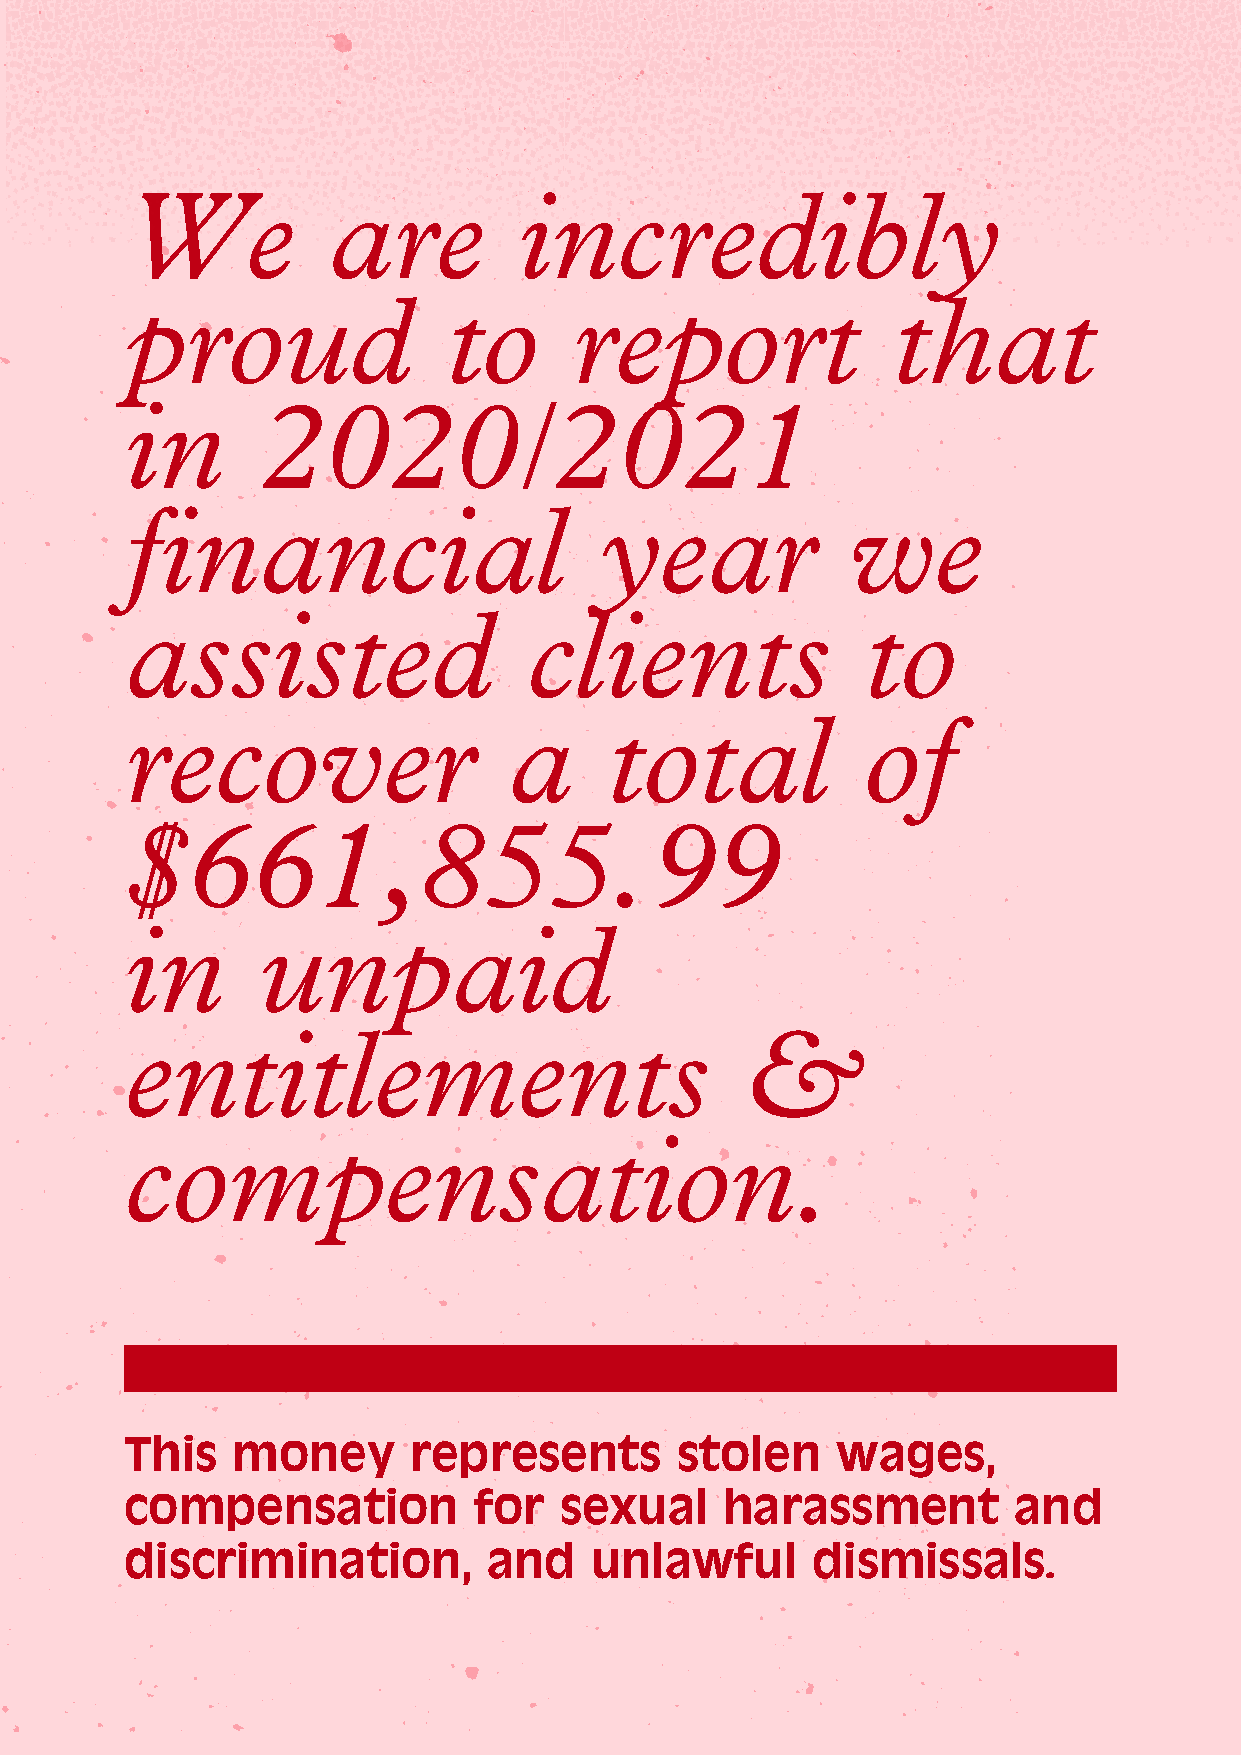
We            are         incredibly
 proud                to       report               that
 in       2020/2021
 financial                       year            we
 assisted                   clients               to
 recover                   a     total            of
 $661,855.99
 in       unpaid
 entitlements                             &
 compensation.
 This   money       represents        stolen    wages,
 compensation           for   sexual     harassment         and
 discrimination,         and    unlawful       dismissals.